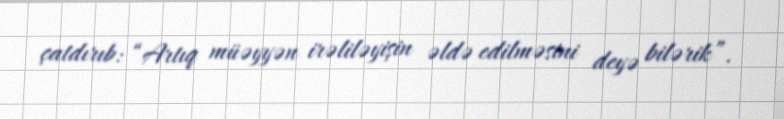
çatdırıb: “Artıq müəyyən irəliləyişin əldə edilməsini deyə bilərik”.